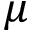
\mu